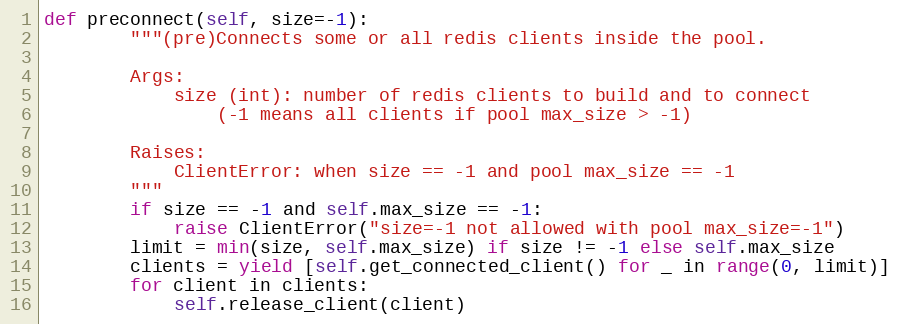
Language: Python
def preconnect(self, size=-1):
        """(pre)Connects some or all redis clients inside the pool.

        Args:
            size (int): number of redis clients to build and to connect
                (-1 means all clients if pool max_size > -1)

        Raises:
            ClientError: when size == -1 and pool max_size == -1
        """
        if size == -1 and self.max_size == -1:
            raise ClientError("size=-1 not allowed with pool max_size=-1")
        limit = min(size, self.max_size) if size != -1 else self.max_size
        clients = yield [self.get_connected_client() for _ in range(0, limit)]
        for client in clients:
            self.release_client(client)